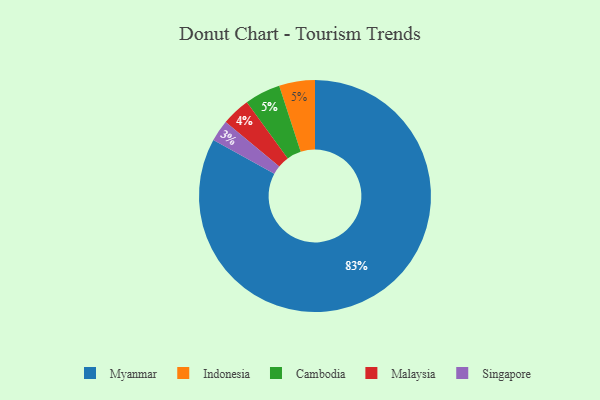
{"axis": {"x": "Category", "y": "Percentage"}, "legend": ["Cambodia", "Indonesia", "Malaysia", "Myanmar", "Singapore"], "data": [{"x": "Malaysia", "y": 4, "type": "Malaysia"}, {"x": "Myanmar", "y": 83, "type": "Myanmar"}, {"x": "Indonesia", "y": 5, "type": "Indonesia"}, {"x": "Cambodia", "y": 5, "type": "Cambodia"}, {"x": "Singapore", "y": 3, "type": "Singapore"}]}